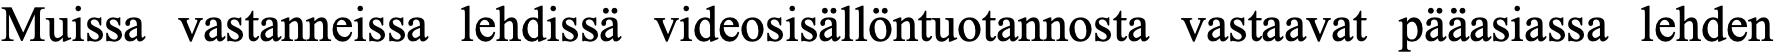
Muissa vastanneissa lehdissä videosisällöntuotannosta vastaavat pääasiassa lehden